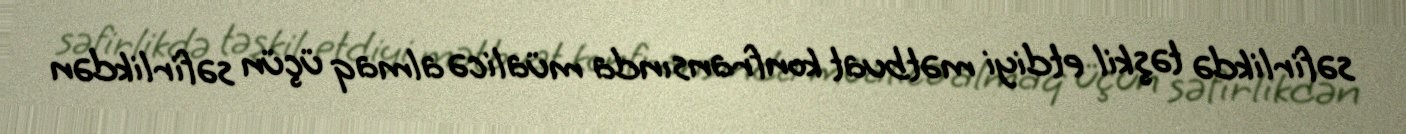
səfirlikdə təşkil etdiyi mətbuat konfransında müalicə almaq üçün səfirlikdən